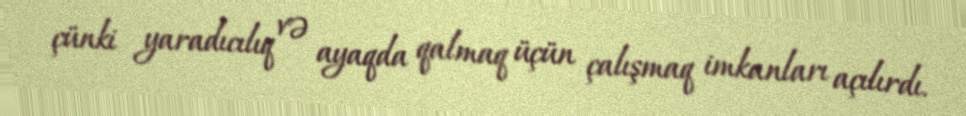
çünki yaradıcılıq və ayaqda qalmaq üçün çalışmaq imkanları açılırdı.